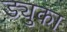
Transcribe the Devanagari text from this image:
ड्युका